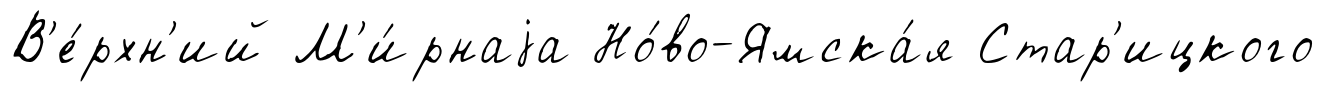
В'е́рхн'ий М'и́рнаjа Но́во-Ямска́я Стар'ицкого